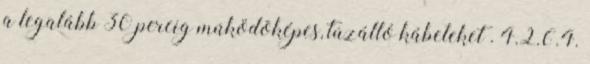
a legalább 30 percig mûködõképes, tûzálló kábeleket . 4.2.6.4.